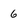
Character: 6